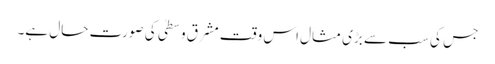
جس کی سب سے بڑی مثال اس وقت مشرقِ وسطیٰ کی صورت حال ہے۔